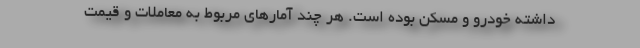
داشته خودرو و مسكن بوده است. هر چند آمارهاي مربوط به معاملات و قيمت